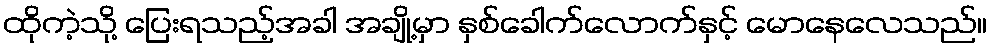
ထိုကဲ့သို့ ပြေးရသည့်အခါ အချို့မှာ နှစ်ခေါက်လောက်နှင့် မောနေလေသည်။